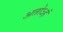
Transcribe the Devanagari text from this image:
अतोऽहं